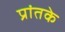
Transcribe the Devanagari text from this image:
प्रांतके